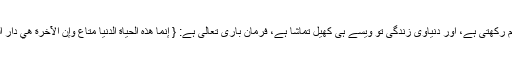
ایک مخلوق کی عمر کئی نسلوں کی عمر کے مقابلے میں لحظہ بھر مقام رکھتی ہے، اور دنیاوی زندگی تو ویسے ہی کھیل تماشا ہے، فرمان باری تعالی ہے: { إِنَّمَا هَذِهِ الْحَيَاةُ الدُّنْيَا مَتَاعٌ وَإِنَّ الْآخِرَةَ هِيَ دَارُ الْقَرَارِ} بیشک یہ دنیا متاع ہی ہے، اور آخرت ہی ہمیشگی کا ٹھکانہ ہے۔